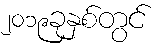
၂၀၁၉ခုနှစ်တွင်